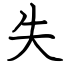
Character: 失